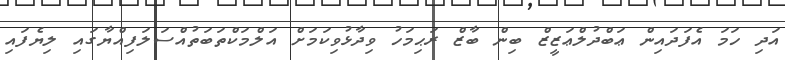
އަދި ހަމަ އެފަދައިން ޢަބްދުލްޢަޒީޒް ބިން ބާޒް ރަޙިމަހު ވިދާޅުވިކަމަށް އަލްމަކްތަބަތުއްސަލަފިއްޔާގައި ލިޔެފައި